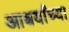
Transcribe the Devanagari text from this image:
आश्चर्यांच्या